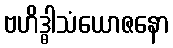
ဗဟိဒ္ဓါသံယောဇနော